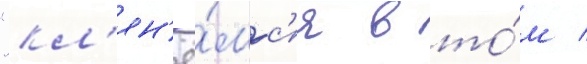
"кл'ян'ё́мс'я в то́м /